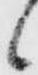
候